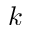
k